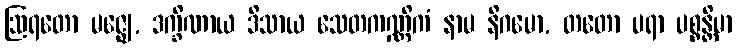
ဩရတော မဇ္ဈေ, ဒက္ခိဏာယ ဒိသာယ သေတကဏ္ဏိကံ နာမ နိဂမော, တတော ပရာ ပစ္စန္တိမာ